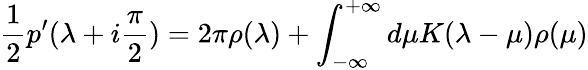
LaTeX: {\frac{1}{2}}p^{\prime}(\lambda+i{\frac{\pi}{2}})=2\pi\rho(\lambda)+\int_{-\infty}^{+\infty}d\mu K(\lambda-\mu)\rho(\mu)